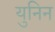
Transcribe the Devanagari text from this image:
युनिन